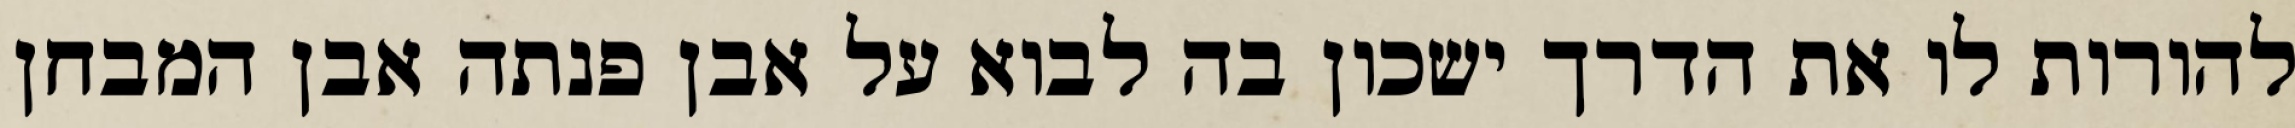
להורות לו את הדרך ישכון בה לבוא על אבן פנתה אבן המבחן